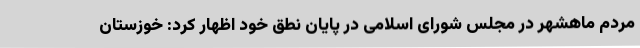
مردم ماهشهر در مجلس شورای اسلامی در پایان نطق خود اظهار کرد: خوزستان